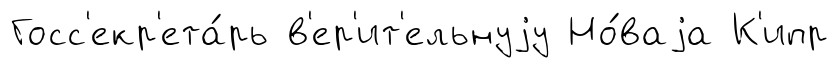
Госс'екр'ета́рь в'ер'ит'ельнуjу Но́ваjа К'ипр